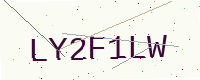
Text: LY2F1LW